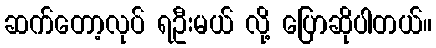
ဆက်တော့လုပ် ရဦးမယ် လို့ ပြောဆိုပါတယ်။